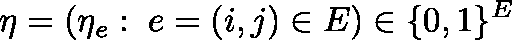
\mathbf { \eta } = \left( \eta _ { e } : \; e = \left( i , j \right) \in E \right) \in \{ 0 , 1 \} ^ { E }